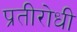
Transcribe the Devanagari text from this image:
प्रतीरोधी